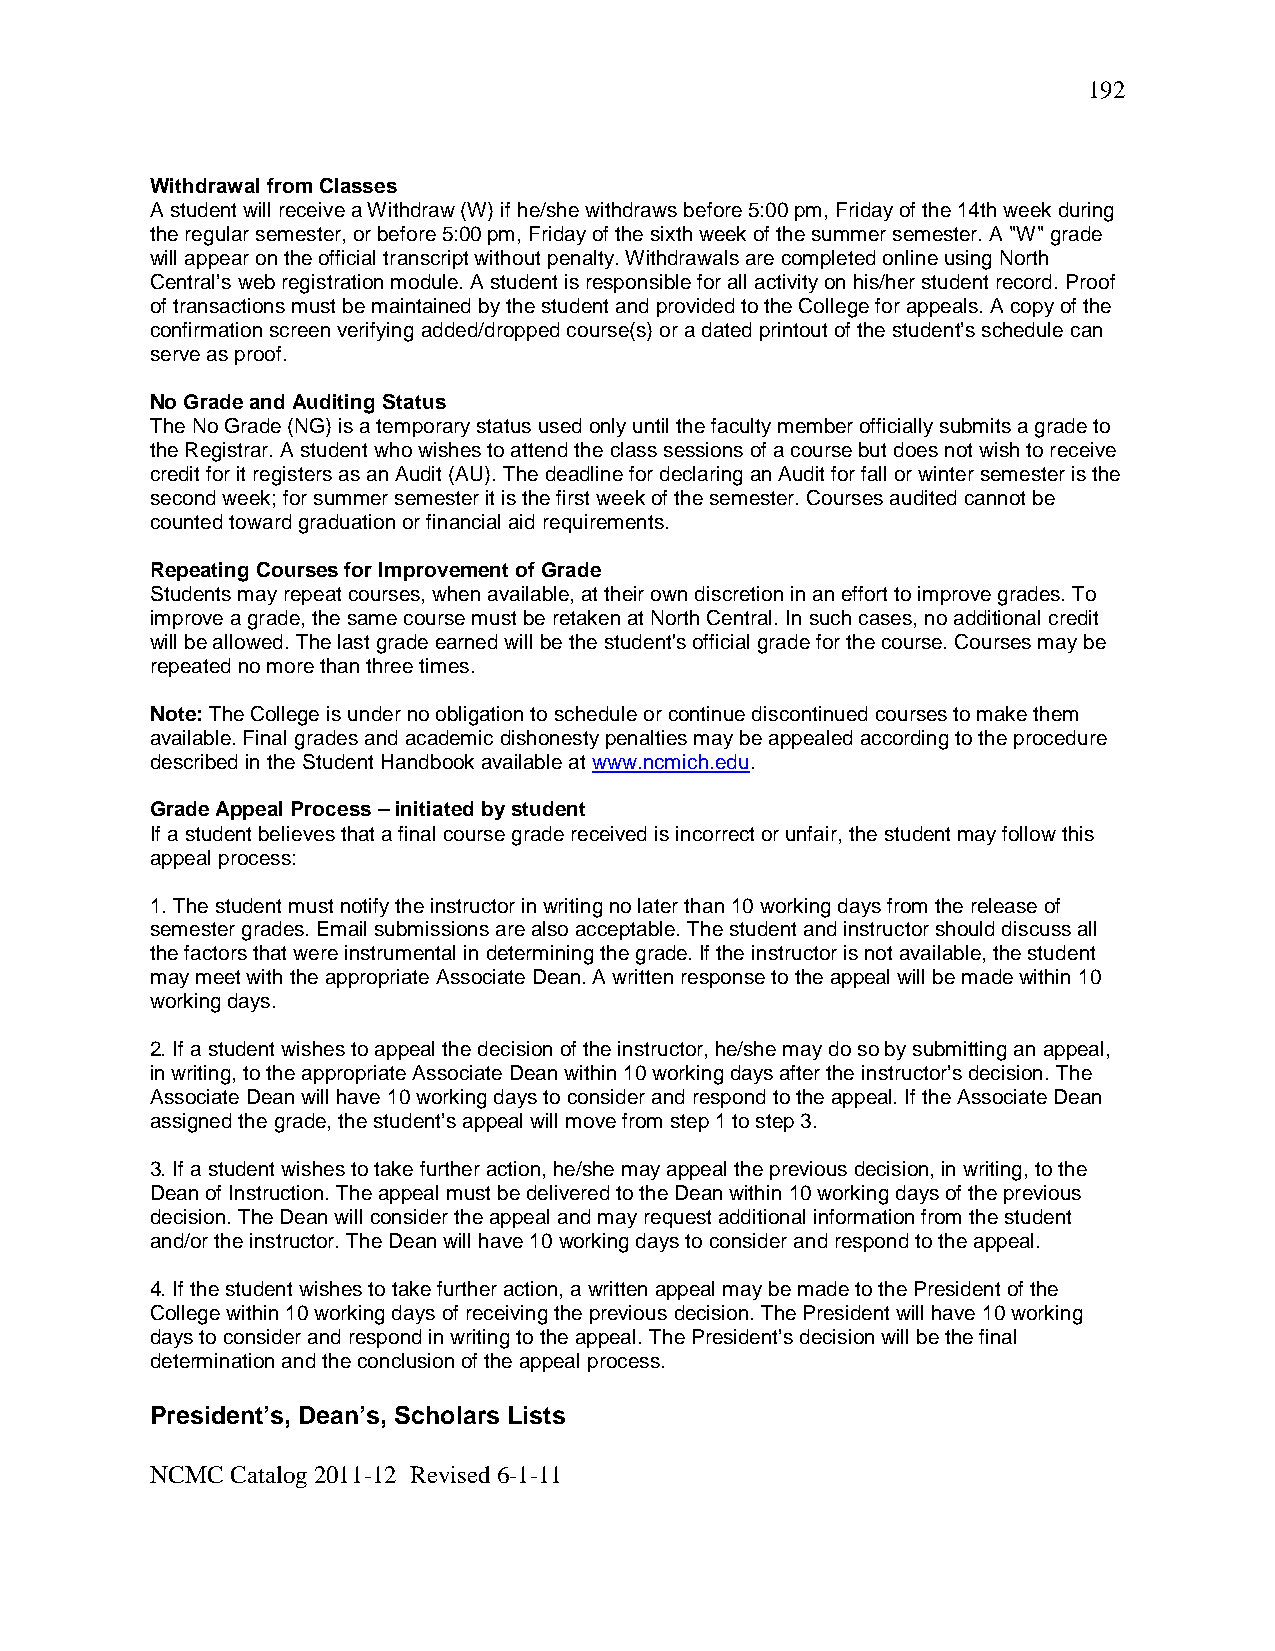
192
 Withdrawal from Classes
 A student will receive a Withdraw (W) if he/she withdraws before 5:00 pm, Friday of the 14th week during
 the regular semester, or before 5:00 pm, Friday of the sixth week of the summer semester. A "W" grade
 will appear on the official transcript without penalty. Withdrawals are completed online using North
 Central’s web registration module. A student is responsible for all activity on his/her student record. Proof
 of transactions must be maintained by the student and provided to the College for appeals. A copy of the
 confirmation screen verifying added/dropped course(s) or a dated printout of the student’s schedule can
 serve as proof.
 No Grade and Auditing Status
 The No Grade (NG) is a temporary status used only until the faculty member officially submits a grade to
 the Registrar. A student who wishes to attend the class sessions of a course but does not wish to receive
 credit for it registers as an Audit (AU). The deadline for declaring an Audit for fall or winter semester is the
 second week; for summer semester it is the first week of the semester. Courses audited cannot be
 counted toward graduation or financial aid requirements.
 Repeating Courses for Improvement of Grade
 Students may repeat courses, when available, at their own discretion in an effort to improve grades. To
 improve a grade, the same course must be retaken at North Central. In such cases, no additional credit
 will be allowed. The last grade earned will be the student's official grade for the course. Courses may be
 repeated no more than three times.
 Note: The College is under no obligation to schedule or continue discontinued courses to make them
 available. Final grades and academic dishonesty penalties may be appealed according to the procedure
 described in the Student Handbook available at www.ncmich.edu.
 Grade Appeal Process – initiated by student
 If a student believes that a final course grade received is incorrect or unfair, the student may follow this
 appeal process:
 1. The student must notify the instructor in writing no later than 10 working days from the release of
 semester grades. Email submissions are also acceptable. The student and instructor should discuss all
 the factors that were instrumental in determining the grade. If the instructor is not available, the student
 may meet with the appropriate Associate Dean. A written response to the appeal will be made within 10
 working days.
 2. If a student wishes to appeal the decision of the instructor, he/she may do so by submitting an appeal,
 in writing, to the appropriate Associate Dean within 10 working days after the instructor’s decision. The
 Associate Dean will have 10 working days to consider and respond to the appeal. If the Associate Dean
 assigned the grade, the student’s appeal will move from step 1 to step 3.
 3. If a student wishes to take further action, he/she may appeal the previous decision, in writing, to the
 Dean of Instruction. The appeal must be delivered to the Dean within 10 working days of the previous
 decision. The Dean will consider the appeal and may request additional information from the student
 and/or the instructor. The Dean will have 10 working days to consider and respond to the appeal.
 4. If the student wishes to take further action, a written appeal may be made to the President of the
 College within 10 working days of receiving the previous decision. The President will have 10 working
 days to consider and respond in writing to the appeal. The President’s decision will be the final
 determination and the conclusion of the appeal process.
 President’s, Dean’s, Scholars Lists
 NCMC Catalog 2011-12 Revised 6-1-11